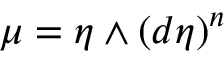
\mu = \eta \wedge ( d \eta ) ^ { n }